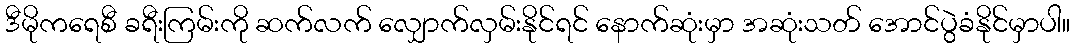
ဒီမိုကရေစီ ခရီးကြမ်းကို ဆက်လက် လျှောက်လှမ်းနိုင်ရင် နောက်ဆုံးမှာ အဆုံးသတ် အောင်ပွဲခံနိုင်မှာပါ။